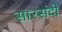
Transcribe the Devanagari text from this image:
सारसंदी